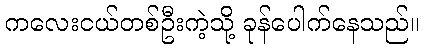
ကလေးငယ်တစ်ဦးကဲ့သို့ ခုန်ပေါက်နေသည်။